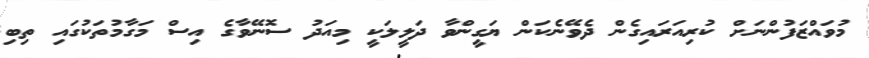
މުވައްޒަފުންނަށް ކުރިއަރައިގެން ދެވޭނެކަން ޔަގީންވާ ދަލީލަކީ މިއަދު ސޮނޭވާގެ އިސް މަގާމުތަކުގައި ތިބި